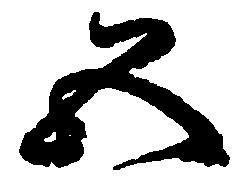
五